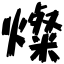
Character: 燦